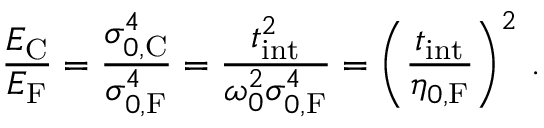
\frac { E _ { \mathrm { C } } } { E _ { \mathrm { F } } } = \frac { \sigma _ { 0 , \mathrm { C } } ^ { 4 } } { \sigma _ { 0 , \mathrm { F } } ^ { 4 } } = \frac { t _ { \mathrm { i n t } } ^ { 2 } } { \omega _ { 0 } ^ { 2 } \sigma _ { 0 , \mathrm { F } } ^ { 4 } } = \left( \frac { t _ { \mathrm { i n t } } } { \eta _ { 0 , \mathrm { F } } } \right) ^ { 2 } \, .